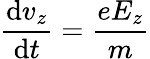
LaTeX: \frac{\mathrm{d}v_{z}}{\mathrm{d}t}=\frac{eE_{z}}{m}